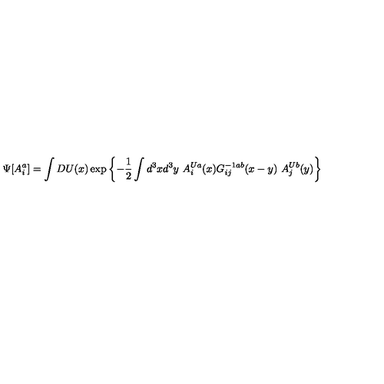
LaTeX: \Psi [ A _ { i } ^ { a } ] = \int D U ( x ) \exp \left\{ - { \frac { 1 } { 2 } } \int d ^ { 3 } x d ^ { 3 } y \ A _ { i } ^ { U a } ( x ) G _ { i j } ^ { - 1 a b } ( x - y ) \ A _ { j } ^ { U b } ( y ) \right\}